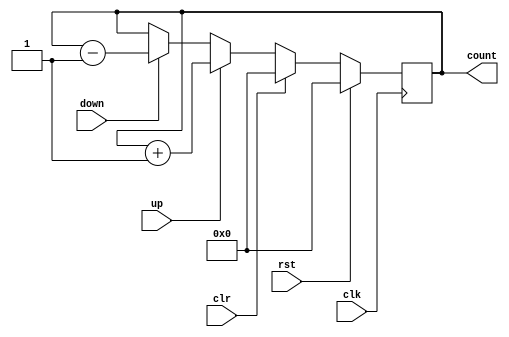
module UpDownCounter (
    input wire clk,
    input wire rst,
    input wire clr,
    input wire up,
    input wire down,
    output reg [7:0] count
);

always @(posedge clk) begin
    if (rst) begin
        count <= 8'h00; // Reset the counter to a specific value
    end else if (clr) begin
        count <= 8'h00; // Clear the counter to zero
    end else if (up) begin
        count <= count + 1; // Increment the counter by one
    end else if (down) begin
        count <= count - 1; // Decrement the counter by one
    end
end

endmodule